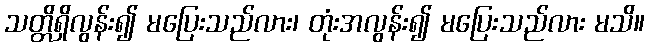
သတ္တိရှိလွန်း၍ မပြေးသည်လား၊ တုံးအလွန်း၍ မပြေးသည်လား မသိ။